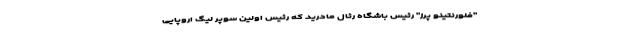
"فلورنتینو پرز" رئیس باشگاه رئال مادرید که رئیس اولین سوپر لیگ اروپایی